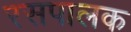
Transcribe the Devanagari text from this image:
रसपालक